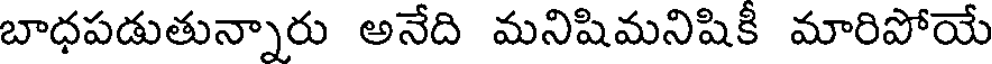
బాధపడుతున్నారు అనేది మనిషిమనిషికీ మారిపోయే